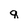
Character: q